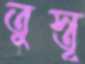
তুস্তূ